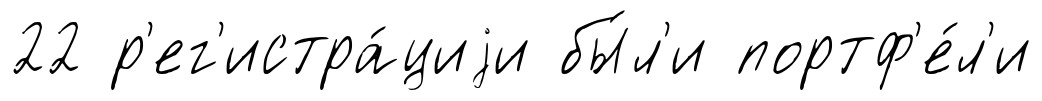
22 р'ег'истра́циjи бы́л'и портф'е́л'и